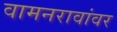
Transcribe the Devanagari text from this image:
वामनरावांवर